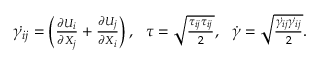
\begin{array} { r } { \dot { \gamma _ { i j } } = \left( \frac { \partial U _ { i } } { \partial X _ { j } } + \frac { \partial U _ { j } } { \partial X _ { i } } \right) , ~ ~ \tau = \sqrt { \frac { \tau _ { i j } \tau _ { i j } } { 2 } } , ~ ~ \dot { \gamma } = \sqrt { \frac { \dot { \gamma _ { i j } } \dot { \gamma _ { i j } } } { 2 } } . } \end{array}